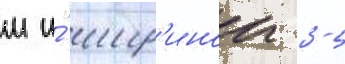
м и́ шир'инои 3-5